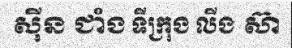
ស៊ីន ជាំង ទីក្រុង លីង ស៊ា